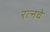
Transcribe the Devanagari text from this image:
रत्‍नचे